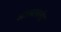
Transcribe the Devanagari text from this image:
आग्र्याबाहेर